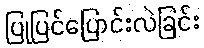
ပြုပြင်ပြောင်းလဲခြင်း